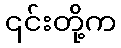
၎င်းတို့က